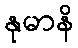
နုမာနိ